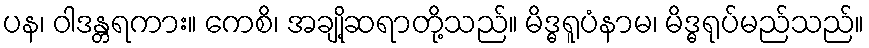
ပန၊ ဝါဒန္တရကား။ ကေစိ၊ အချို့ဆရာတို့သည်။ မိဒ္ဓရူပံနာမ၊ မိဒ္ဓရုပ်မည်သည်။